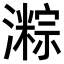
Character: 𪷯